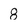
Character: 8